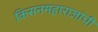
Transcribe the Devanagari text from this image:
किसनमहाराजांची